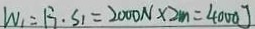
W _ { 1 } = F _ { 1 } \cdot S _ { 1 } = 2 0 0 0 N \times 2 m = 4 0 0 0 J